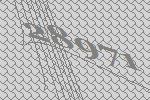
28971